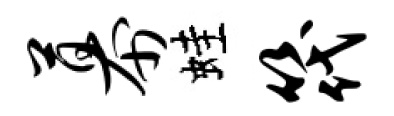
幕蛙筏